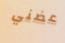
عضني